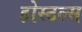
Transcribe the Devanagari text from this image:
होस्टल्स